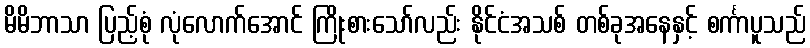
မိမိဘာသာ ပြည့်စုံ လုံလောက်အောင် ကြိုးစားသော်လည်း နိုင်ငံအသစ် တစ်ခုအနေနှင့် စင်္ကာပူသည်